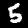
Digit: 5